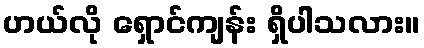
ဟယ်လို ရှောင်ကျန်း ရှိပါသလား။